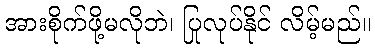
အားစိုက်ဖို့မလိုဘဲ၊ ပြုလုပ်နိုင် လိမ့်မည်။